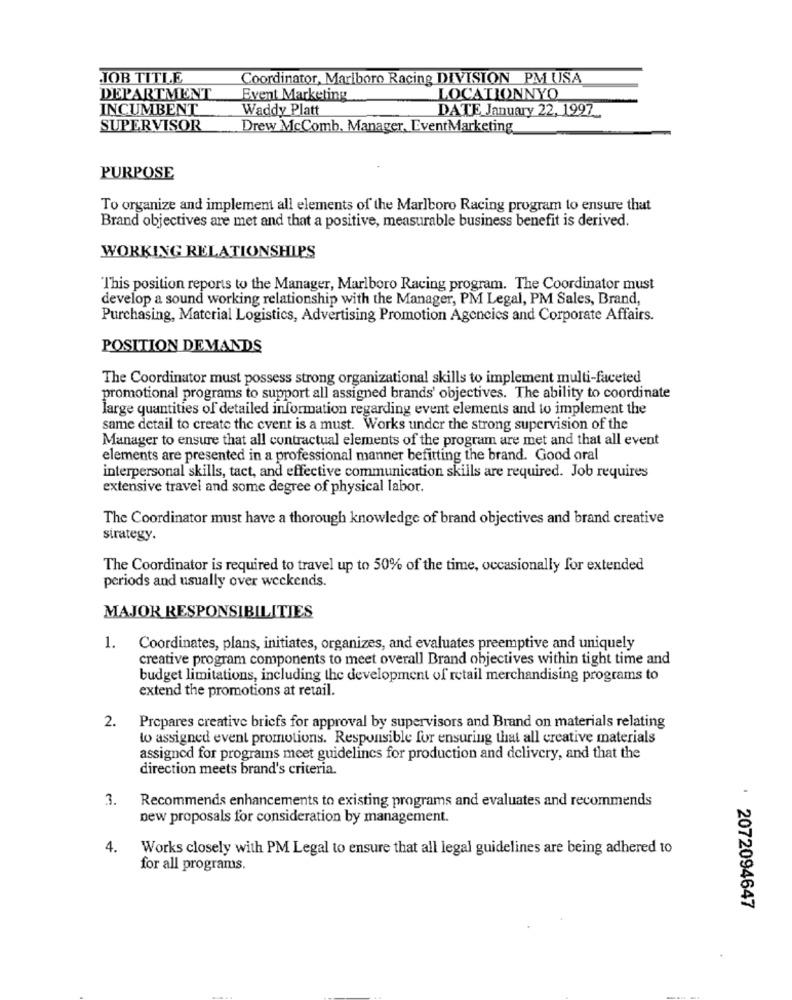
JOB TITLE
Coordinator, Marlboro Racing DIVISION PM USA
DEPARTMENT
Event Marketing
LOCATIONNYO
INCUMBENT
Waddy Platt
DATE January 22, 1997_
SUPERVISOR
Drew McComb, Manager, EventMarketing
PURPOSE
To organize and implement all elements of the Marlboro Racing program to ensure that
Brand objectives are met and that a positive, measurable business benefit is derived.
WORKING RELATIONSHIPS
This position reports to the Manager, Marlboro Racing program. The Coordinator must
develop a sound working relationship with the Manager, PM Legal, PM Sales, Brand,
Purchasing, Material Logistics, Advertising Promotion Agencies and Corporate Affairs.
POSITION DEMANDS
The Coordinator must possess strong organizational skills to implement multi-faceted
promotional programs to support all assigned brands' objectives. The ability to coordinate
large quantities of detailed information regarding event elements and to implement the
same detail to create the event is a must. Works under the strong supervision of the
Manager to ensure that all contractual elements of the program are met and that all event
elements are presented in a professional manner befitting the brand. Good oral
interpersonal skills, tact, and effective communication skills are required. Job requires
extensive travel and some degree of physical labor.
The Coordinator must have a thorough knowledge of brand objectives and brand creative
strategy.
The Coordinator is required to travel up to 50% of the time, occasionally for extended
periods and usually over weckends.
MAJOR RESPONSIBILITIES
1.
Coordinates, plans, initiates, organizes, and evaluates preemptive and uniquely
creative program components to meet overall Brand objectives within tight time and
budget limitations, including the development of retail merchandising programs to
extend the promotions at retail.
2.
Prepares creative briefs for approval by supervisors and Brand on materials relating
to assigned event promotions. Responsible for ensuring that all creative materials
assigned for programs meet guidelines for production and delivery, and that the
direction meets brand's criteria.
3.
Recommends enhancements to existing programs and evaluates and recommends
new proposals for consideration by management.
4.
Works closely with PM Legal to ensure that all legal guidelines are being adhered to
for all programs.
: 2072094647